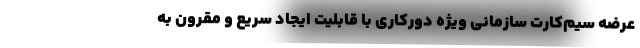
عرضه سیم‌کارت سازمانی ویژه دورکاری با قابلیت ایجاد سریع و مقرون به